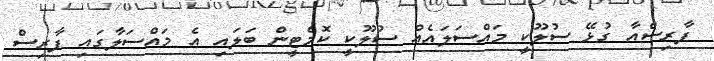
ފާރިސްއާ ގުޅޭ ސުލޫކީ މައްސަލައެއް ސުލޫކީ ކޮމެޓީން ބަލައި އެ މައްސަލާގައި ފާރިސް